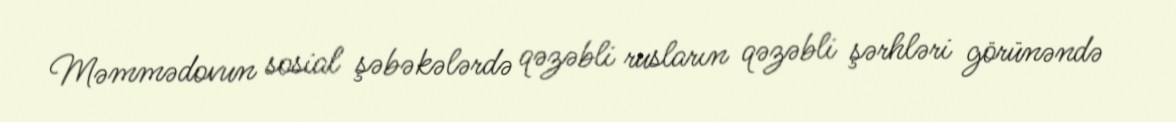
Məmmədovun sosial şəbəkələrdə qəzəbli rusların qəzəbli şərhləri görünəndə